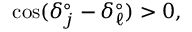
\cos ( \delta _ { j } ^ { \circ } - \delta _ { \ell } ^ { \circ } ) > 0 ,